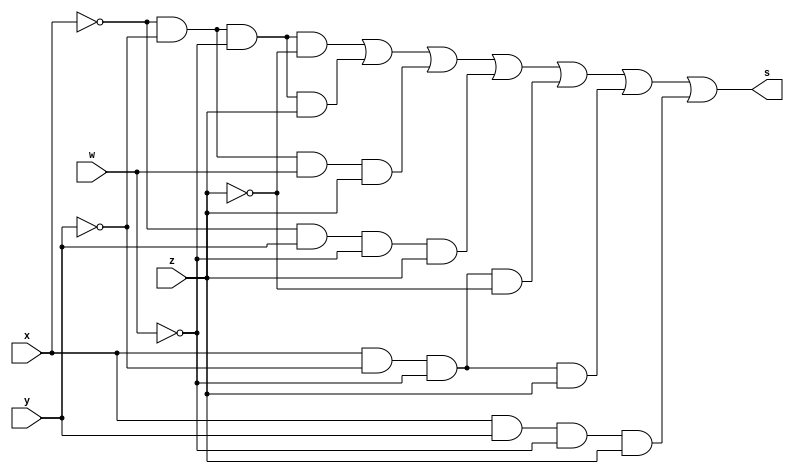
/*
 Guia_0603b.v - v0.0. - 28 / 08 / 2022
 Autor    : Gabriel Vargas Bento de Souza
 Matricula: 778023
 */

/* 
 Soma dos produtos
                  ___
f(x, y, w, z) =  \   m (0,1,3,5,8,9,13)  = SoP(0,1,3,5,8,9,13)
                 /___
*/ 

/**
 SoP(0,1,3,5,8,9,13)
 */
module SoP (output s,
            input  x, y, w, z);
   assign s = (~x & ~y & ~w & ~z)  // 0
            | (~x & ~y & ~w &  z)  // 1
            | (~x & ~y &  w &  z)  // 3
            | (~x &  y & ~w &  z)  // 5
            | ( x & ~y & ~w & ~z)  // 8
            | ( x & ~y & ~w &  z)  // 9
            | ( x &  y & ~w &  z); // 13
endmodule // SoP

/**
 SoP(0,1,3,5,8,9,13)_Simplificado = w'.z + y'.w'.z' + x'.y'.z
 */
module SoP_simple (output s,
                   input  x, y, w, z);
   assign s = (~w & z)
            | (~y & ~w & ~z)
            | (~x & ~y &  z);
endmodule // SoP_simple

/**
  Guia_0603b.v
 */
module Guia_0603b;
   reg  x, y, w, z;
   wire s1, s2;
   
   // instancias
   SoP        SOP1 (s1, x, y, w, z);
   SoP_simple SOP2 (s2, x, y, w, z);
   
   // valores iniciais
   initial begin: start
      x=1'bx; y=1'bx; w=1'bx; z=1'bx;
   end

   // parte principal
   initial begin: main
       $display("Gabriel Vargas Bento de Souza - 778023");
       $display("Guia_06");
       $display("\n03.b) SoP (0,1,3,5,8,9,13)\n");

       // monitoramento
       $display(" x  y  w  z  s1  s2");
       $monitor("%2b %2b %2b %2b %2b %3b", x,  y, w, z,  s1, s2);

       // sinalizacao
          x=0; y=0; w=0; z=0;
       #1                z=1;
       #1           w=1; z=0;
       #1                z=1;
       #1      y=1; w=0; z=0;
       #1                z=1;
       #1           w=1; z=0;
       #1                z=1;
       #1 x=1; y=0; w=0; z=0;
       #1                z=1;
       #1           w=1; z=0;
       #1                z=1;
       #1      y=1; w=0; z=0;
       #1                z=1;
       #1           w=1; z=0;
       #1                z=1;
   end
endmodule // Guia_0603b

/*
C:\Users\Gabriel\Desktop\CC-PUC\2Periodo\ARQ1\Tarefas\Guia06>vvp Guia_0603b.vvp
Gabriel Vargas Bento de Souza - 778023
Guia_06

03.b) SoP (0,1,3,5,8,9,13)

 x  y  w  z  s1  s2
 0  0  0  0  1   1
 0  0  0  1  1   1
 0  0  1  0  0   0
 0  0  1  1  1   1
 0  1  0  0  0   0
 0  1  0  1  1   1
 0  1  1  0  0   0
 0  1  1  1  0   0
 1  0  0  0  1   1
 1  0  0  1  1   1
 1  0  1  0  0   0
 1  0  1  1  0   0
 1  1  0  0  0   0
 1  1  0  1  1   1
 1  1  1  0  0   0
 1  1  1  1  0   0
*/